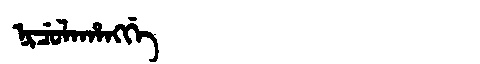
Manchu: ᠨᡳᠴᡠᠯᠠᡥᠠᠩᡤᡝ
Romanization: NICULAHANGGE